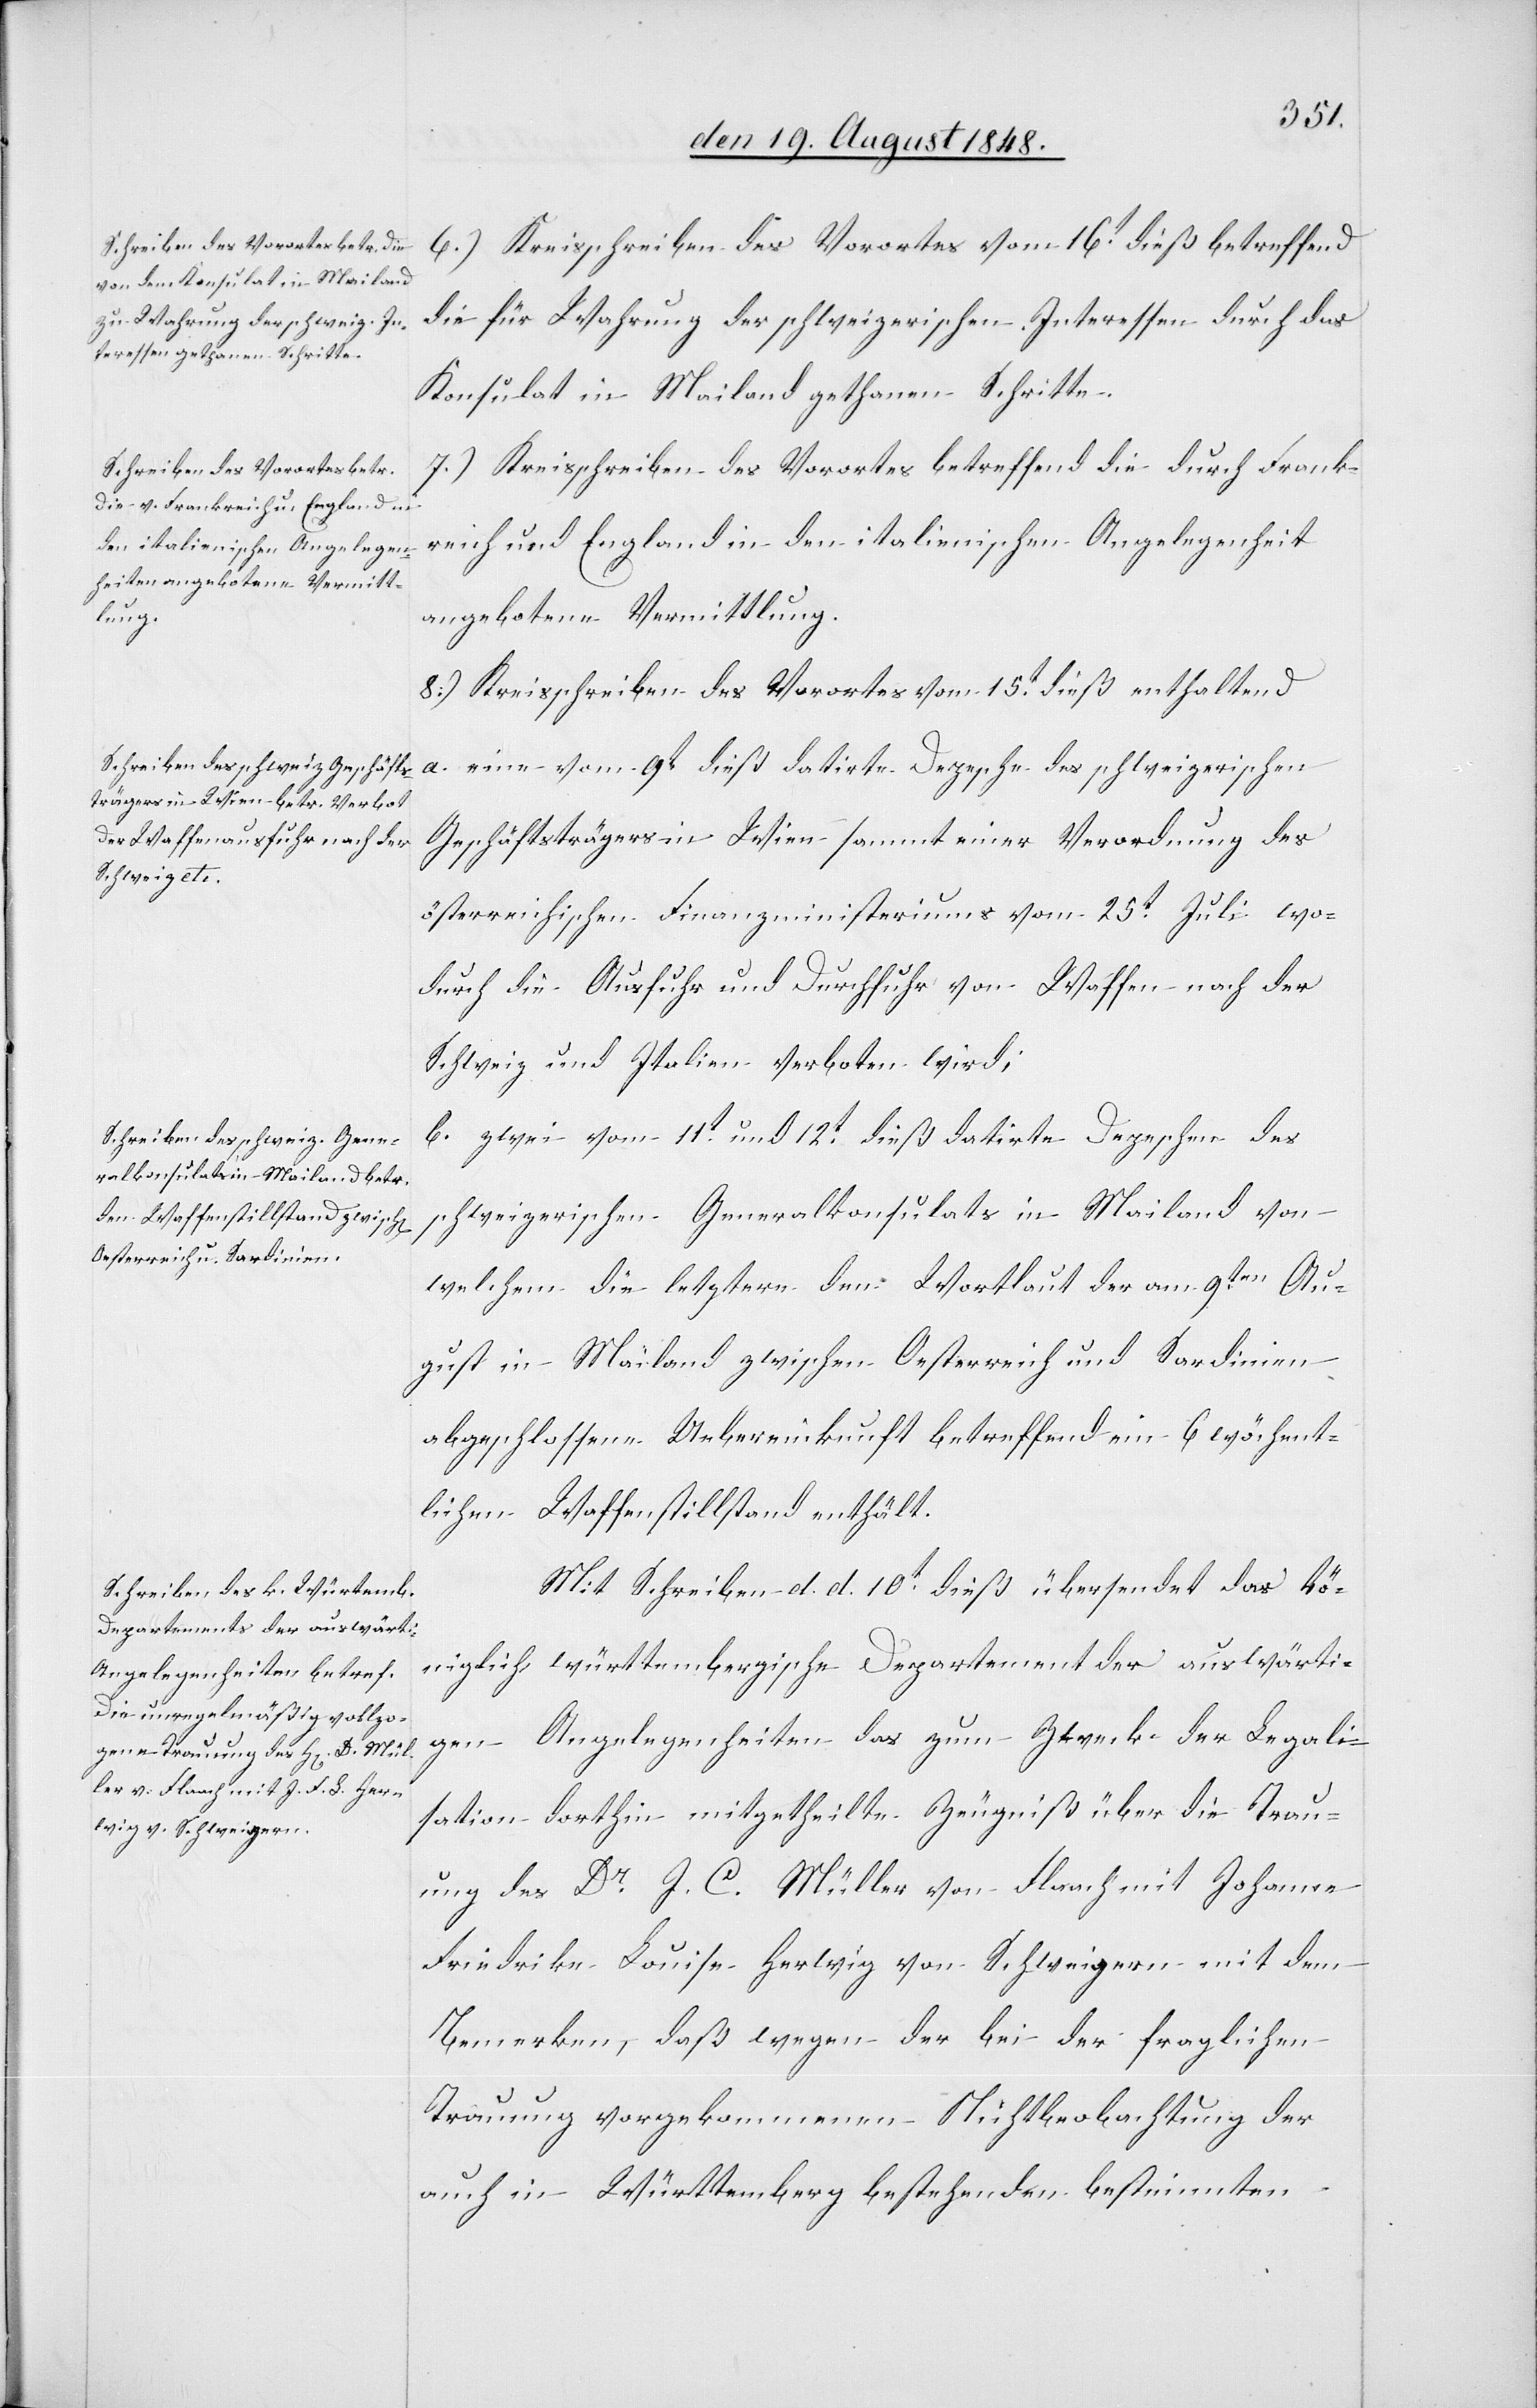
6.) Kreisschreiben des Vorortes vom 16t dieß betreffend
die für Wahrung der schweizerischen Interessen durch das
Konsulat in Mailand gethanen Schritte.
7.) Kreisschreiben des Vorortes betreffend die durch Frank¬
reich und England in den italienschen Angelegenheiten
angebotene Vermittlung.
8.) Kreisschreiben des Vorortes vom 15t dieß enthaltend
Geschäftsträgers in Wien sammt einer Verordnung des
österreichischen Finanzministeriums vom 25t Juli wo¬
durch die Ausfuhr und Durchfuhr von Waffen nach der
Schweiz und Italien verboten wird;
b. zwei vom 11t und 12t dieß datirte Depeschen des
schweizerischen Generalkonsulats in Mailand von
welchem die letztere dem Wortlaut der am 9ten Au¬
gust in Mailand zwischen Oesterreich und Sardinien
abgeschlossene Uebereinkunft betreffend ein 6 wöchent¬
lichen Waffenstillstand enthält.
Mit Schreiben d. d. 10t dieß übersendet das kö¬
niglich württembergische Departement der auswärti¬
gen Angelegenheiten das zum Zweck der Legali¬
sation dorthin mitgetheilte Zeugniß über die Trau¬
ung des Dr J. C. Müller von Flaach mit Johanna
Friedrika Louise Herwig von Schweigern mit dem
Bemerken, daß wegen der bei der fraglichen
Trauung vorgekommenen Nichtbeobachtung der
auch in Württemberg bestehenden bestimmten

eine